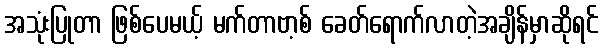
အသုံးပြုတာ ဖြစ်ပေမယ့် မက်တာဗာ့စ် ခေတ်ရောက်လာတဲ့အချိန်မှာဆိုရင်